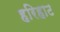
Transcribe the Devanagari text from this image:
हरिहाट